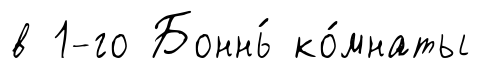
в 1-го Боннь́ ко́мнаты